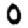
Digit: 0